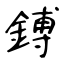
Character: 鎛